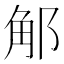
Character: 𨛥